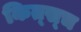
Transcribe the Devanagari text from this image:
कित्स्च